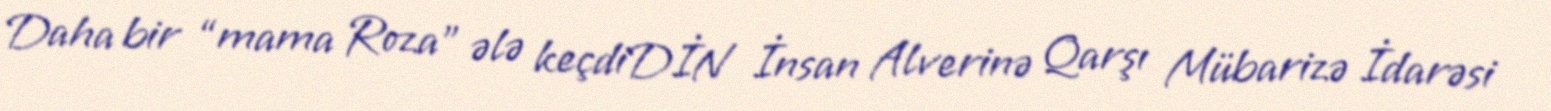
Daha bir “mama Roza” ələ keçdiDİN İnsan Alverinə Qarşı Mübarizə İdarəsi